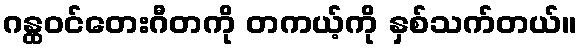
ဂန္ထဝင်တေးဂီတကို တကယ့်ကို နှစ်သက်တယ်။